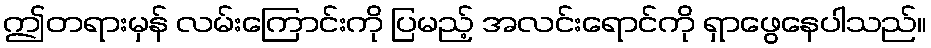
ဤတရားမှန် လမ်းကြောင်းကို ပြမည့် အလင်းရောင်ကို ရှာဖွေနေပါသည်။